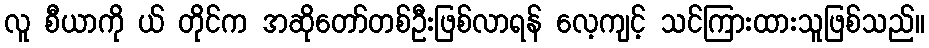
လူ စီယာကို ယ် တိုင်က အဆိုတော်တစ်ဦးဖြစ်လာရန် လေ့ကျင့် သင်ကြားထားသူဖြစ်သည်။